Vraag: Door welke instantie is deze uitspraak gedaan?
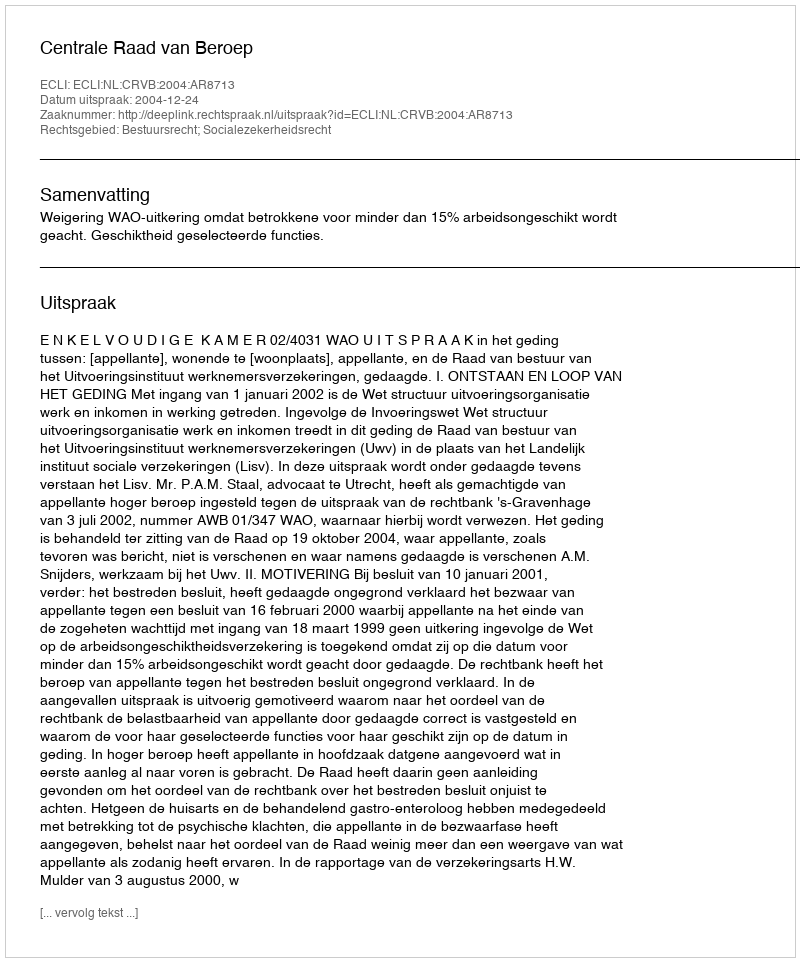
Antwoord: Centrale Raad van Beroep